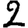
Digit: 2